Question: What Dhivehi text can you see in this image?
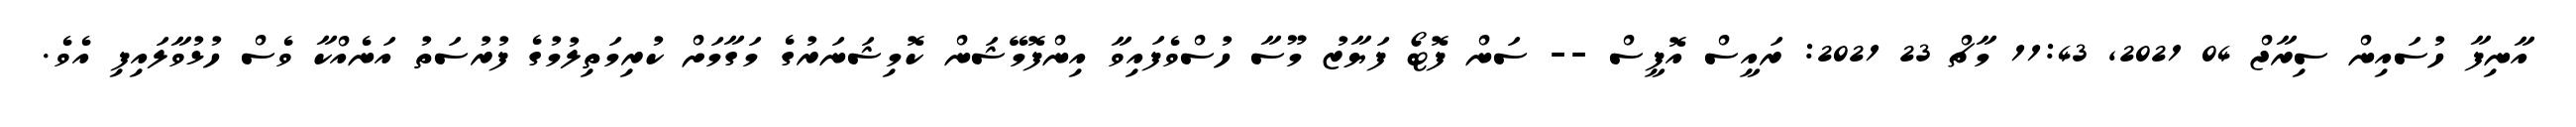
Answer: އާނިފާ ހުސައިން ސިރާޖް 04 2021, 11:43 މާޗް 23 2021: ރައީސް އޮފީސް -- ސަން ފޮޓޯ ފަޔާޒު މޫސާ ހުސްވެފައިވާ އިންފޮމޭޝަން ކޮމިޝަނަރުގެ މަގާމަށް ކުރިމަތިލުމުގެ ފުރުސަތު އަނެއްކާ ވެސް ހުޅުވާލައިފި އެވެ.